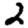
Digit: 2